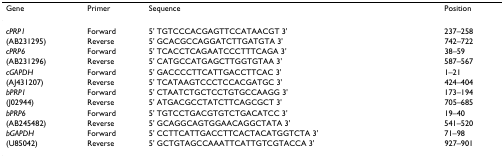
| Gene | Primer | Sequence | Position |
 | --- | --- | --- | --- |
 | cPRP1 | Forward | 5' TGTCCCACGAGTTCCATAACGT 3' | 237–258 |
 | (AB231295) | Reverse | 5' GCACGCCAGGATCTTGATGTA 3' | 742–722 |
 | cPRP6 | Forward | 5' TCACCTCAGAATCCCTTTCAGA 3' | 38–59 |
 | (AB231296) | Reverse | 5' CATGCCATGAGCTTGGTGTAA 3' | 587–567 |
 | cGAPDH | Forward | 5' GACCCCTTCATTGACCTTCAC 3' | 1–21 |
 | (AJ431207) | Reverse | 5' TCATAAGTCCCTCCACGATGC 3' | 424–404 |
 | bPRP1 | Forward | 5' CTAATCTGCTCCTGTGCCAAGG 3' | 173–194 |
 | (J02944) | Reverse | 5' ATGACGCCTATCTTCAGCGCT 3' | 705–685 |
 | bPRP6 | Forward | 5' TGTCCTGACGTGTCTGACATCC 3' | 19–40 |
 | (AB245482) | Reverse | 5' GCAGGCAGTGGAACAGGCTATA 3' | 541–520 |
 | bGAPDH | Forward | 5' CCTTCATTGACCTTCACTACATGGTCTA 3' | 71–98 |
 | (U85042) | Reverse | 5' GCTGTAGCCAAATTCATTGTCGTACCA 3' | 927–901 |